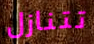
تتنازل